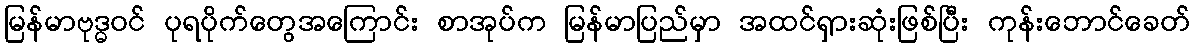
မြန်မာဗုဒ္ဓဝင် ပုရပိုက်တွေအကြောင်း စာအုပ်က မြန်မာပြည်မှာ အထင်ရှားဆုံးဖြစ်ပြီး ကုန်းဘောင်ခေတ်